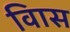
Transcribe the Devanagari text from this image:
विास